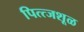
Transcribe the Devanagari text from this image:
पित्त्जशूळ